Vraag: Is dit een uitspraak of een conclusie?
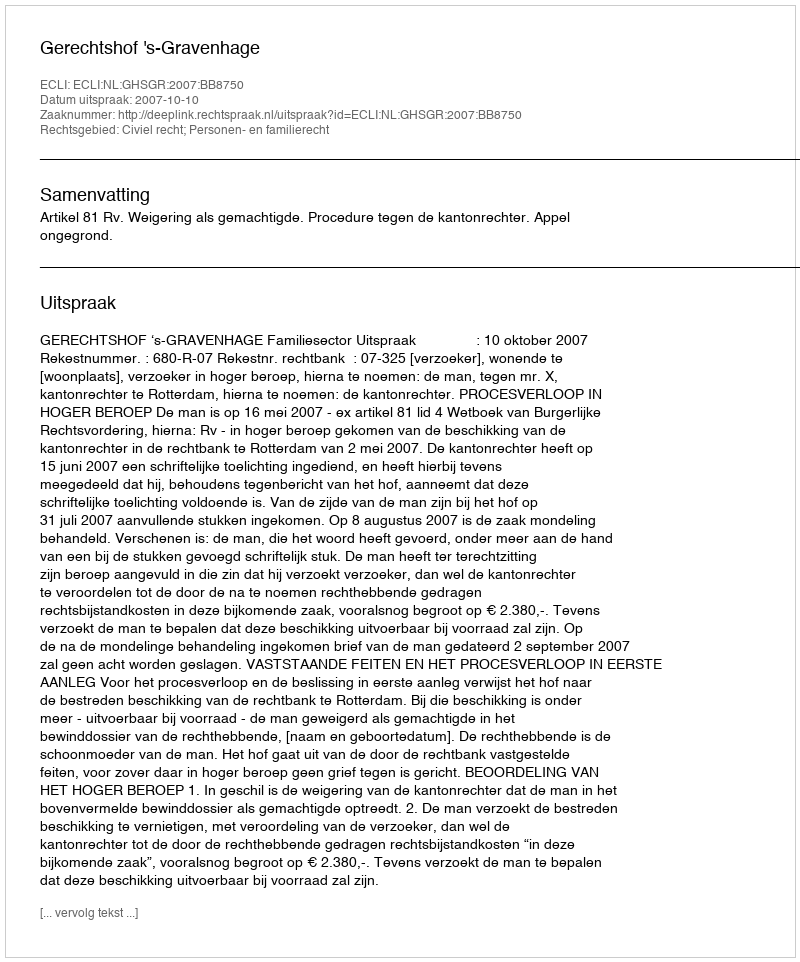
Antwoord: Uitspraak